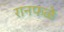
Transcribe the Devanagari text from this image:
रानफळे